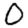
Digit: 0